Indian journal of veterinary science and animal husbandry - Volumes 22-23, 1952-1953
Year: 1952
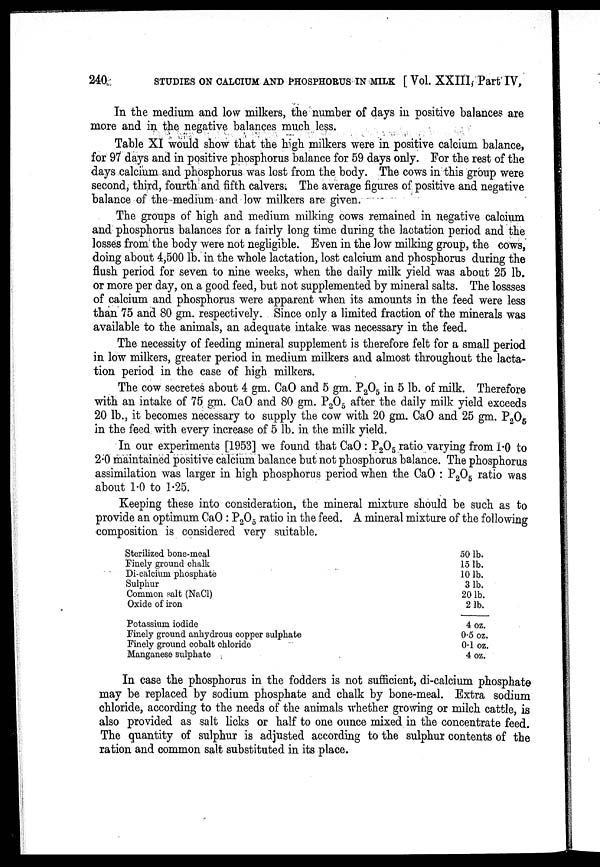
240 STUDIES ON CALCIUM AND PHOSPHORUS IN MILK [ Vol. XXIII, Part IV,
In the medium and low milkers, the number of days in positive balances are
more and in the negative balances much less.
Table XI would show that the high milkers were in positive calcium balance,
for 97 days and in positive phosphorus balance for 59 days only. For the rest of the
days calcium and phosphorus was lost from the body. The cows in this group were
second, third, fourth and fifth calvers. The average figures of positive and negative
balance of the medium and low milkers are given.
The groups of high and medium milking cows remained in negative calcium
and phosphorus balances for a fairly long time during the lactation period and the
losses from the body were not negligible. Even in the low milking group, the cows,
doing about 4,500 lb. in the whole lactation, lost calcium and phosphorus during the
flush period for seven to nine weeks, when the daily milk yield was about 25 lb.
or more per day, on a good feed, but not supplemented by mineral salts. The lossses
of calcium and phosphorus were apparent when its amounts in the feed were less
than 75 and 80 gm. respectively. Since only a limited fraction of the minerals was
available to the animals, an adequate intake was necessary in the feed.
The necessity of feeding mineral supplement is therefore felt for a small period
in low milkers, greater period in medium milkers and almost throughout the lacta-
tion period in the case of high milkers.
The cow secretes about 4 gm. CaO and 5 gm. P 2 O 5 in 5 lb. of milk. Therefore
with an intake of 75 gm. CaO and 80 gm. P 2 O 5 after the daily milk yield exceeds
20 lb., it becomes necessary to supply the cow with 20 gm. CaO and 25 gm. P 2 O 5
in the feed with every increase of 5 lb. in the milk yield.
In our experiments [1953] we found that CaO : P 2 O 5 ratio varying from 1.0 to
2.0 maintained positive calcium balance but not phosphorus balance. The phosphorus
assimilation was larger in high phosphorus period when the CaO : P 2 O 5 ratio was
about 1.0 to 1.25.
Keeping these into consideration, the mineral mixture should be such as to
provide an optimum CaO : P 2 O 5 ratio in the feed. A mineral mixture of the following
composition is considered very suitable.
Sterilized bone-meal
Finely ground chalk
Di-calcium phosphate
Sulphur
Common salt (NaCl)
Oxide of iron
Potassium iodide
Finely ground anhydrous copper sulphate
Finely ground cobalt chloride
Manganese sulphate
50 lb.
15 lb.
10 lb.
3 lb.
20 lb.
2 lb.
4 oz.
0.5 oz.
0.1 oz.
4 oz.
In case the phosphorus in the fodders is not sufficient, di-calcium phosphate
may be replaced by sodium phosphate and chalk by bone-meal. Extra sodium
chloride, according to the needs of the animals whether growing or milch cattle, is
also provided as salt licks or half to one ounce mixed in the concentrate feed.
The quantity of sulphur is adjusted according to the sulphur contents of the
ration and common salt substituted in its place.